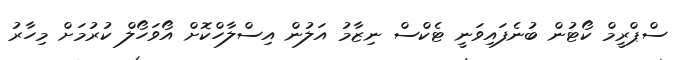
ސްޕްރީމް ކޯޓުން ބުނެފައިވަނީ ޓެކްސް ނިޒާމު އަލުން އިސްލާހްކޮށް އޯވަހޯލް ކުރުމަށް މިހާރު